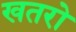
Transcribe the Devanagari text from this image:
खतरो